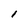
Character: l